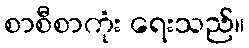
စာစီစာကုံး ရေးသည်။